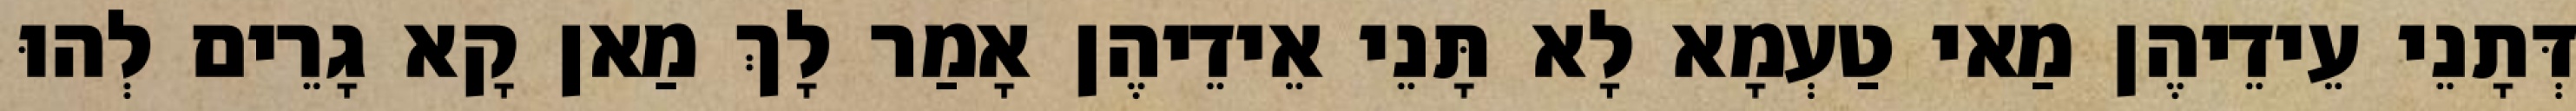
דְּתָנֵי עֵידֵיהֶן מַאי טַעְמָא לָא תָּנֵי אֵידֵיהֶן אָמַר לָךְ מַאן קָא גָרֵים לְהוּ